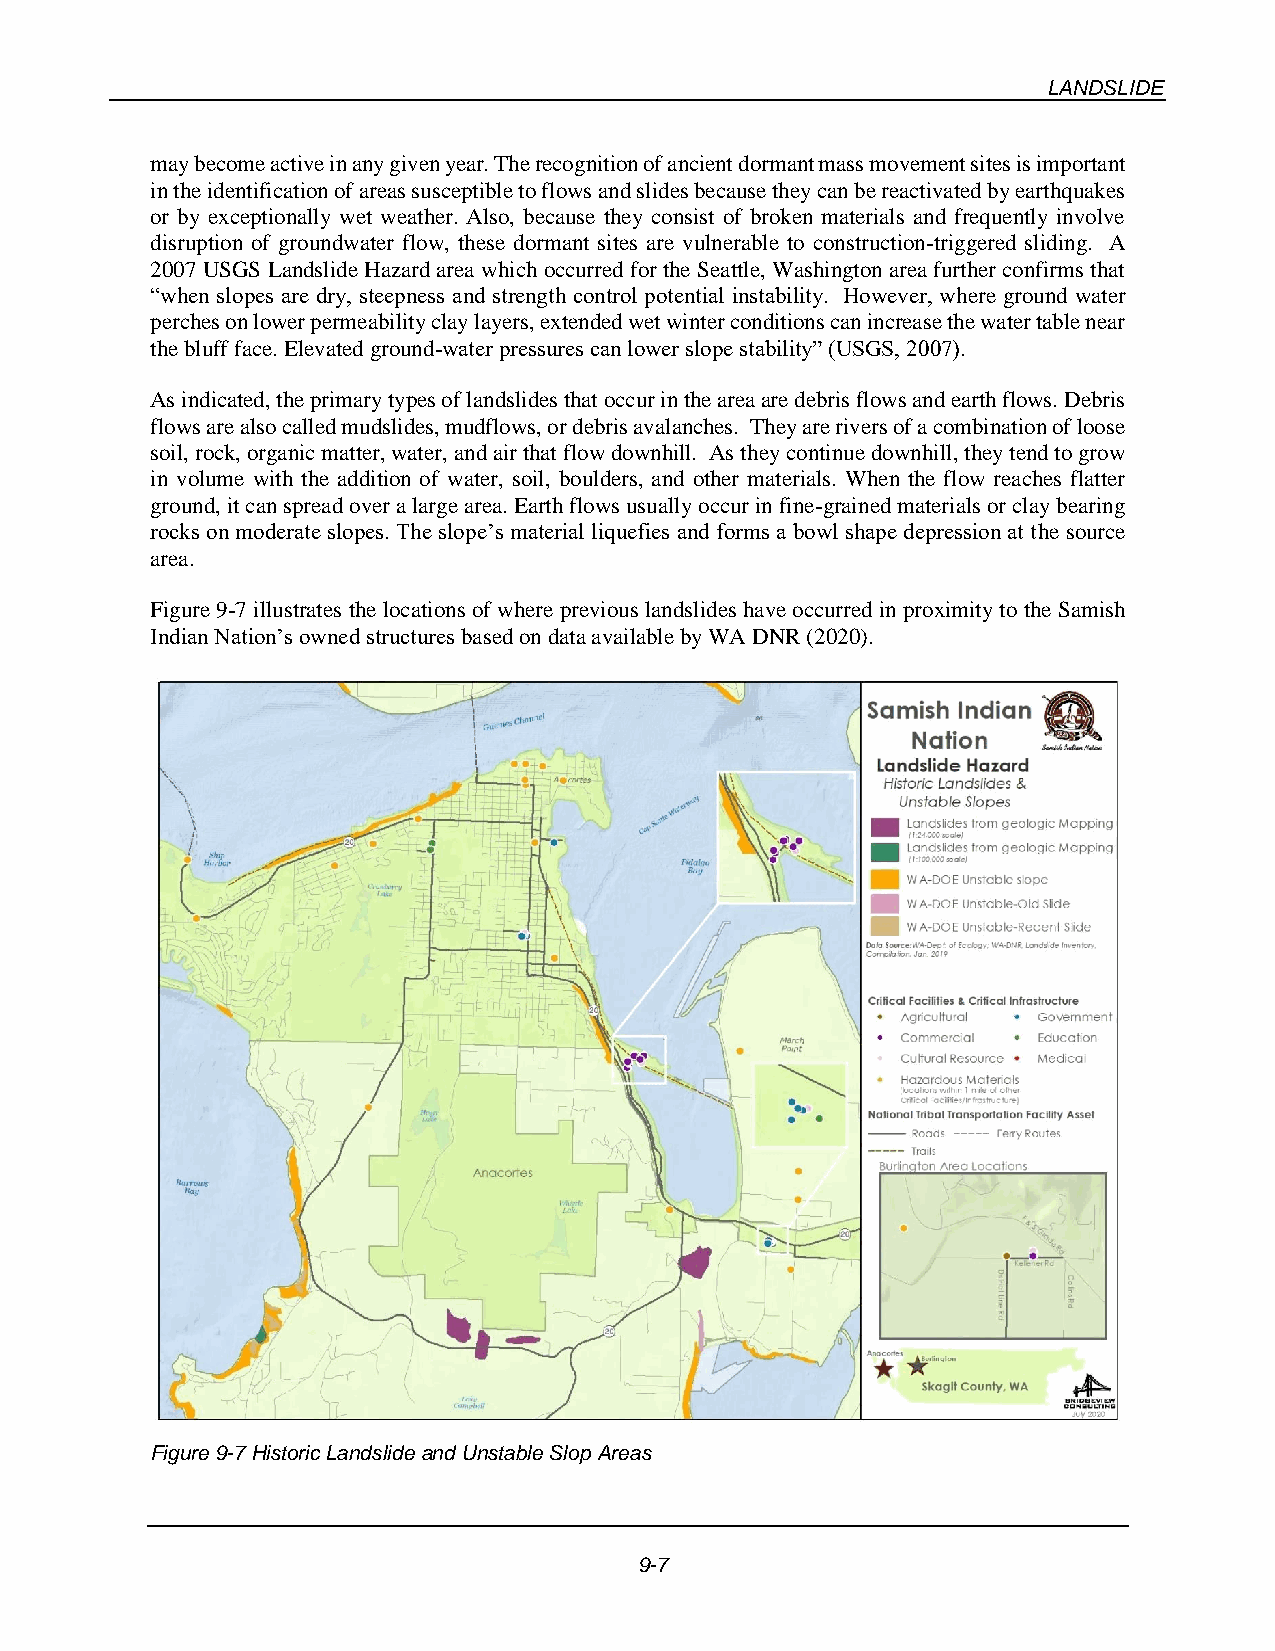
LANDSLIDE
 may become active in any given year. The recognition of ancient dormant mass movement sites is important
 in the identification of areas susceptible to flows and slides because they can be reactivated by earthquakes
 or by exceptionally wet weather. Also, because they consist of broken materials and frequently involve
 disruption of groundwater flow, these dormant sites are vulnerable to construction-triggered sliding. A
 2007 USGS Landslide Hazard area which occurred for the Seattle, Washington area further confirms that
 “when slopes are dry, steepness and strength control potential instability. However, where ground water
 perches on lower permeability clay layers, extended wet winter conditions can increase the water table near
 the bluff face. Elevated ground-water pressures can lower slope stability” (USGS, 2007).
 As indicated, the primary types of landslides that occur in the area are debris flows and earth flows. Debris
 flows are also called mudslides, mudflows, or debris avalanches. They are rivers of a combination of loose
 soil, rock, organic matter, water, and air that flow downhill. As they continue downhill, they tend to grow
 in volume with the addition of water, soil, boulders, and other materials. When the flow reaches flatter
 ground, it can spread over a large area. Earth flows usually occur in fine-grained materials or clay bearing
 rocks on moderate slopes. The slope’s material liquefies and forms a bowl shape depression at the source
 area.
 Figure 9-7 illustrates the locations of where previous landslides have occurred in proximity to the Samish
 Indian Nation’s owned structures based on data available by WA DNR (2020).
 Figure 9-7 Historic Landslide and Unstable Slop Areas
 9-7